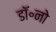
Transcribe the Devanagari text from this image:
डॉ॰नो